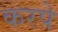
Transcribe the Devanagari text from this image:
करपे